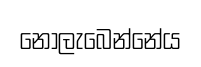
නොලැබෙන්නේය